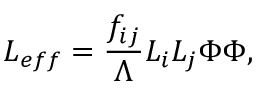
{ \cal L } _ { e f f } = { \frac { f _ { i j } } { \Lambda } } L _ { i } L _ { j } \Phi \Phi ,